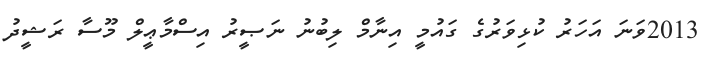
2013ވަނަ އަހަރު ކުޅިވަރުގެ ގައުމީ އިނާމް ލިބުނު ނަޞީރު އިސްމާޢީލް މޫސާ ރަޝީދު